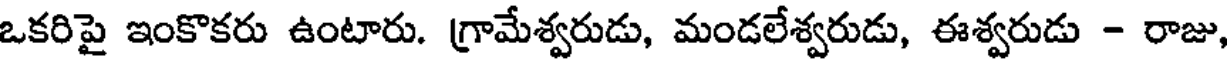
ఒకరిపై ఇంకొకరు ఉంటారు. గ్రామేశ్వరుడు, మండలేశ్వరుడు, ఈశ్వరుడు - రాజు,